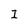
Character: I